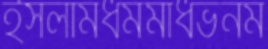
ইসলামধর্মমাধভনম